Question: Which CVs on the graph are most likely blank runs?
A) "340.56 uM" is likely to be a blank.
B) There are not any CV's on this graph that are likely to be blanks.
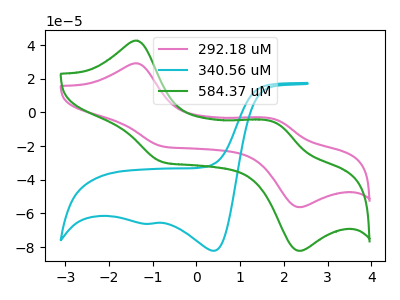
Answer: <think>The pink curve "292.18 uM" has anodic peaks at (-1.40V, 29.15uA) (1.80V, -4.05uA) and cathodic peaks at (-0.75V, -20.20uA) (2.35V, -56.20uA). The cyan curve "340.56 uM" has cathodic peaks at (0.40V, -82.15uA) (-1.05V, -66.10uA). The green curve "584.37 uM" has anodic peaks at (-1.40V, 42.65uA) (1.80V, -5.95uA) and cathodic peaks at (-0.75V, -29.50uA) (2.35V, -82.15uA).</think>
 <answer>B) There are not any CV's on this graph that are likely to be blanks.</answer>
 <eval>B</eval>